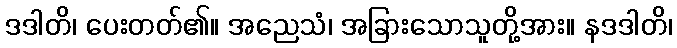
ဒဒါတိ၊ ပေးတတ်၏။ အညေသံ၊ အခြားသောသူတို့အား။ နဒဒါတိ၊